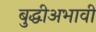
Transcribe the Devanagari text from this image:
बुद्धीअभावी